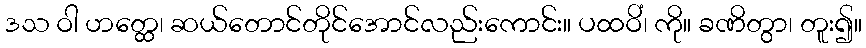
ဒသ ဝါ ဟတ္ထေ၊ ဆယ်တောင်တိုင်အောင်လည်းကောင်း။ ပထဝိံ၊ ကို။ ခဏိတွာ၊ တူး၍။